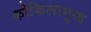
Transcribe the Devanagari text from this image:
कोकिलामुख